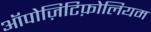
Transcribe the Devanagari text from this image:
ऑपोज़िटिफ़ोलियम